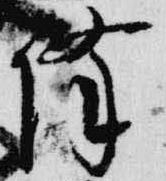
降